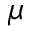
\mu